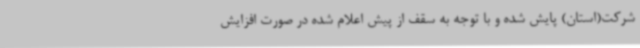
شرکت(استان) پایش شده و با توجه به سقف از پیش اعلام شده در صورت افزایش